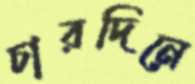
চারদিনে